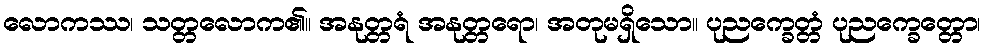
လောကဿ၊ သတ္တလောက၏။ အနုတ္တရံ အနုတ္တရော၊ အတုမရှိသော။ ပုညက္ခေတ္တံ ပုညက္ခေတ္တော၊